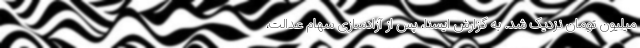
میلیون تومان نزدیک شد. به گزارش ایسنا، پس از آزادسازی سهام عدالت،